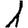
Digit: 1